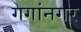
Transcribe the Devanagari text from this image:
गगांनगर